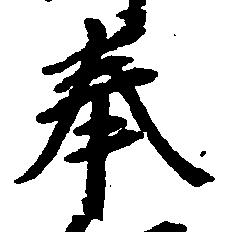
奉